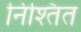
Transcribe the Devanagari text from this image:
निश्तित